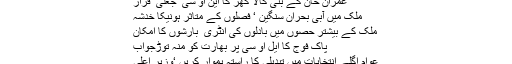
عمران خان کے بنی گالا گھر کا این او سی’ جعلی ‘قرار
ملک میں آبی بحران سنگین ‘ فصلوں کے متاثر ہونیکا خدشہ
ملک کے بیشتر حصوں میں بادلوں کی انٹری ٗ بارشوں کا امکان
پاک فوج کا ایل او سی پر بھارت کو منہ توڑجواب
عوام اگلے انتخابات میں تبدیلی کا راستہ ہموار کریں ‘وزیر اعلیٰ